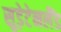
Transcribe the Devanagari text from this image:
सुड़ेटेनलैंड